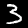
Digit: 3